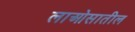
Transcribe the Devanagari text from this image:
लाओसातील